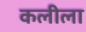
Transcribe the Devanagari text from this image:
कलीला